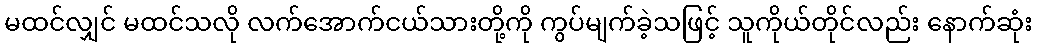
မထင်လျှင် မထင်သလို လက်အောက်ငယ်သားတို့ကို ကွပ်မျက်ခဲ့သဖြင့် သူကိုယ်တိုင်လည်း နောက်ဆုံး